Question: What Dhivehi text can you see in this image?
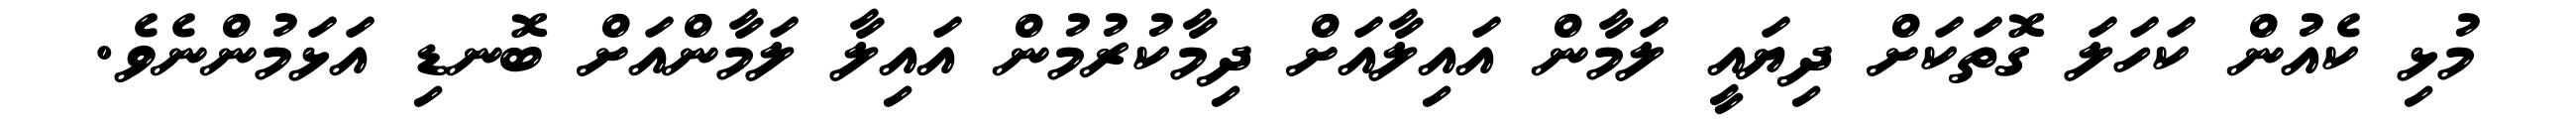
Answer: މުޅި ކެއުން ކަހަލަ ގޮތަކަށް ދިޔައީ ލަމާން އައިލާއަށް ދިމާކުރުމުން އައިލާ ލަމާންއަށް ބޮނޑި އަޅަމުންނެވެ.